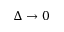
\Delta \to 0